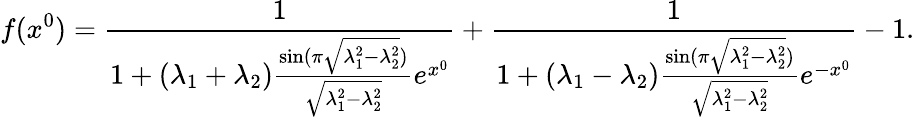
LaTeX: f(x^{0})=\frac{1}{1+(\lambda_{1}+\lambda_{2})\frac{\sin(\pi\sqrt{\lambda_{1}^{2}-\lambda_{2}^{2}})}{\sqrt{\lambda_{1}^{2}-\lambda_{2}^{2}}}e^{x^{0}}}+\frac{1}{1+(\lambda_{1}-\lambda_{2})\frac{\sin(\pi\sqrt{\lambda_{1}^{2}-\lambda_{2}^{2}})}{\sqrt{\lambda_{1}^{2}-\lambda_{2}^{2}}}e^{-x^{0}}}-1.